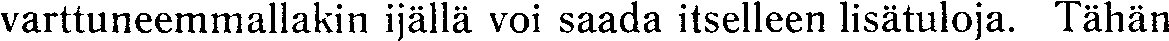
varttuneemmallakin ijällä voi saada itselleen lisätuloja. Tähän